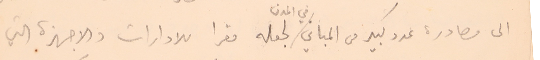
الى مصادرة عدد كبير من المباني في المدن لجعله مقرا للادارات والاجهزة التي